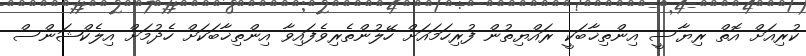
ކުރިއަށް އޮތް ރިޔާސީ އިންތިޚާބަކީ ރައްޔިތުން ފުރިހަމައަށް ހޭލުންތެރިވެފައިވާ އިންތިޚާބަކަށް ހެދުމަށް އިލެކްޝަންސް